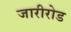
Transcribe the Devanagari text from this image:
जारीरोड